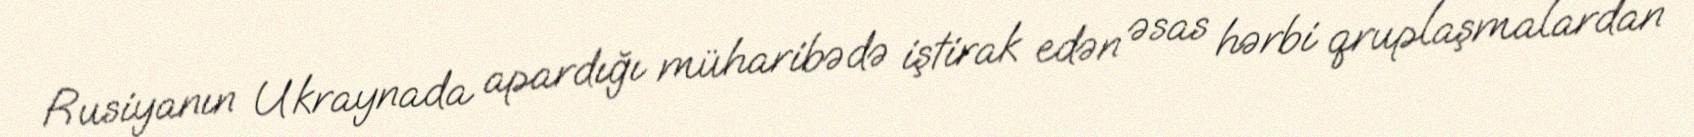
Rusiyanın Ukraynada apardığı müharibədə iştirak edən əsas hərbi qruplaşmalardan